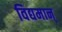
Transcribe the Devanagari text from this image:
विद्यमान्